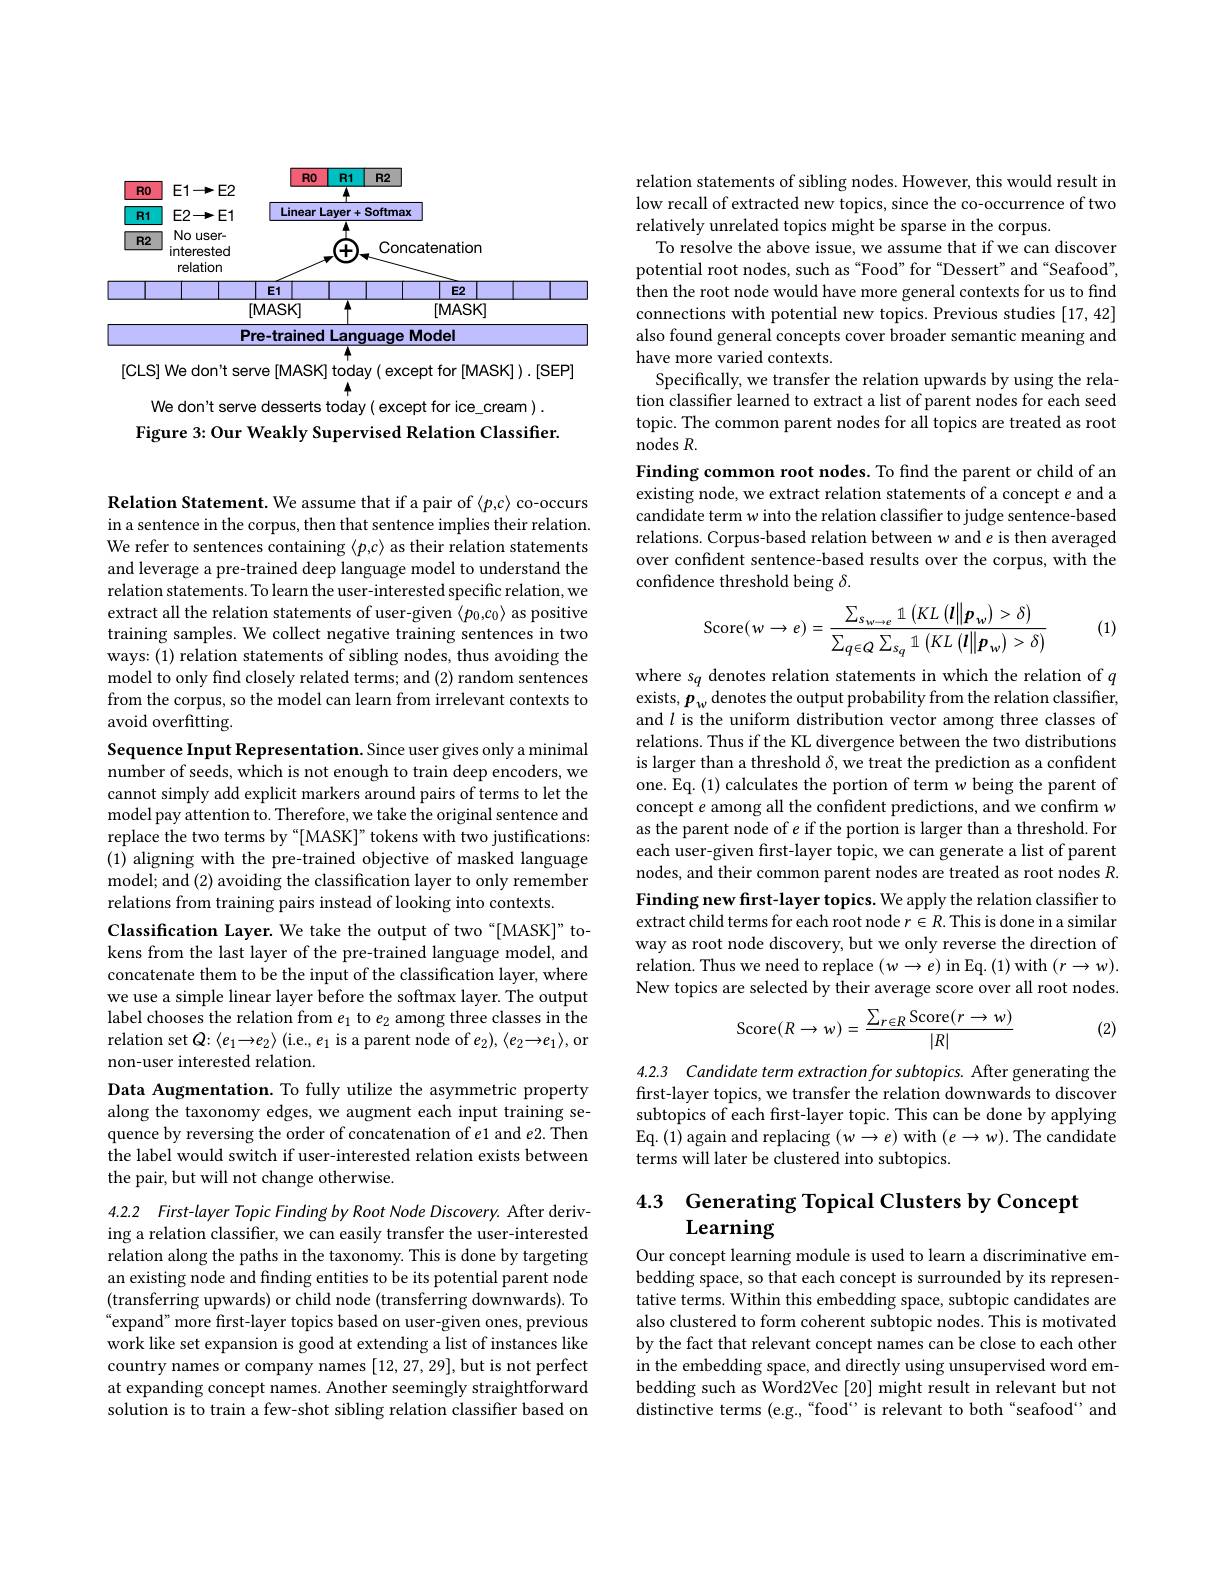
<FigureHere>
Figure 3: Our Weakly Supervised Relation Classifier.

Relation Statement. We assume that if a pair of $\langle p,c\rangle$ co-occurs in a sentence in the corpus, then that sentence implies their relation. We refer to sentences containing $\langle p,c\rangle$ as their relation statements and leverage a pre-trained deep language model to understand the relation statements. To learn the user-interested specific relation, we extract all the relation statements of user-given $\langle p_0,c_0\rangle$ as positive training samples. We collect negative training sentences in two ways: (1) relation statements of sibling nodes, thus avoiding the model to only find closely related terms; and (2) random sentences from the corpus, so the model can learn from irrelevant contexts to avoid overfitting.

Sequence Input Representation. Since user gives only a minimal number of seeds, which is not enough to train deep encoders, we cannot simply add explicit markers around pairs of terms to let the model pay attention to. Therefore, we take the original sentence and replace the two terms by “[MASK]”tokens with two justifications: (1) aligning with the pre-trained objective of masked language model; and (2) avoiding the classification layer to only remember relations from training pairs instead of looking into contexts.
Classification Layer. We take the output of two "[MASK]" tokens from the last layer of the pre-trained language model, and concatenate them to be the input of the classification layer, where we use a simple linear layer before the softmax layer. The output label chooses the relation from $e_1$ to $e_2$ among three classes in the relation set $Q{:}\langle e_1{\to}e_2\rangle$ (i.e., $e_1$ is a parent node of $e_2),\langle e_2{\to}e_1\rangle$,or non-user interested relation.

Data Augmentation. To fully utilize the asymmetric property along the taxonomy edges, we augment each input training sequence by reversing the order of concatenation of e1 and e2. Then the label would switch if user-interested relation exists between the pair, but will not change otherwise.

4.2.2 First-layer Topic Finding by Root Node Discovery. After deriving a relation classifier, we can easily transfer the user-interested relation along the paths in the taxonomy. This is done by targeting an existing node and finding entities to be its potential parent node (transferring upwards) or child node (transferring downwards). To “expand” more first-layer topics based on user-given ones, previous work like set expansion is good at extending a list of instances like country names or company names [12,27,29],but is not perfect at expanding concept names. Another seemingly straightforward solution is to train a few-shot sibling relation classifier based on

relation statements of sibling nodes. However, this would result in low recall of extracted new topics, since the co-occurrence of two relatively unrelated topics might be sparse in the corpus.
To resolve the above issue, we assume that if we can discover potential root nodes, such as “Food”for“Dessert" and“Seafood”, $\dot{\text{then the root node would have more general contexts for us to find}}$ connections with potential new topics. Previous studies [17,42] also found general concepts cover broader semantic meaning and have more varied contexts.
Specifically, we transfer the relation upwards by using the relation classifier learned to extract a list of parent nodes for each seed topic. The common parent nodes for all topics are treated as root nodes $R.$
Finding common root nodes. To find the parent or child of an existing node, we extract relation statements of a concept $e$ and a candidate term w into the relation classifier to judge sentence-based relations. Corpus-based relation between w and $e$ is then averaged over confident sentence-based results over the corpus, with the confidence threshold being $\delta.$

(1)
$$\mathrm{Score}(w\to e)=\frac{\sum_{s_{w\to e}}\mathbb{1}\left(KL\left(\boldsymbol{l}\right\|\boldsymbol{p}_{w}\right)>\delta)}{\sum_{q\in Q}\sum_{s_{q}}\mathbb{1}\left(KL\left(\boldsymbol{l}\right\|\boldsymbol{p}_{w}\right)>\delta)}$$
where $s_q$ denotes relation statements in which the relation of $q$ exists, $p_w$ denotes the output probability from the relation classiffer, and $l$ is the uniform distribution vector among three classes of relations. Thus if the KL divergence between the two distributions is larger than a threshold $\delta$,we treat the prediction as a confident one. Eq. (1) calculates the portion of term w being the parent of concept $e$ among all the confident predictions, and we confirm w as the parent node of $e$ if the portion is larger than a threshold. For each user-given first-layer topic, we can generate a list of parent nodes, and their common parent nodes are treated as root nodes $R.$ Finding new first-layer topics. We apply the relation classifier to extract child terms for each root node $r\in R.$ This is done in a similar way as root node discovery, but we only reverse the direction of relation. Thus we need to replace $(w\to e)$ in Eq.(1) with $(r\to w).$ New topics are selected by their average score over all root nodes.
$$\mathrm{Score}(R\to w)=\frac{\sum_{r\in R}\mathrm{Score}(r\to w)}{|R|}$$
(2)

4.2.3 Candidate term extraction for subtopics. After generating the first-layer topics, we transfer the relation downwards to discover subtopics of each first-layer topic. This can be done by applying Eq. (1) again and replacing $(w\to e)$ with $(e\to w).$ The candidate terms will later be clustered into subtopics.

# 4.3 Generating Topical Clusters by Concept $\mathbf{Learning}$

Our concept learning module is used to learn a discriminative embedding space, so that each concept is surrounded by its representative terms. Within this embedding space, subtopic candidates are also clustered to form coherent subtopic nodes. This is motivated by the fact that relevant concept names can be close to each other in the embedding space, and directly using unsupervised word embedding such as Word2Vec [20] might result in relevant but not distinctive terms (e.g.,“food” is relevant to both“seafood”and